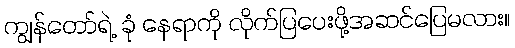
ကျွန်တော်ရဲ့ ခုံ နေရာကို လိုက်ပြပေးဖို့အဆင်ပြေမလား။